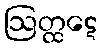
ဩတ္ထဋေ